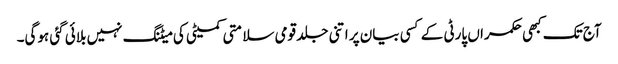
آج تک کبھی حکمراں پارٹی کے کسی بیان پر اتنی جلد قومی سلامتی کمیٹی کی میٹنگ نہیں بلائی گئی ہوگی۔